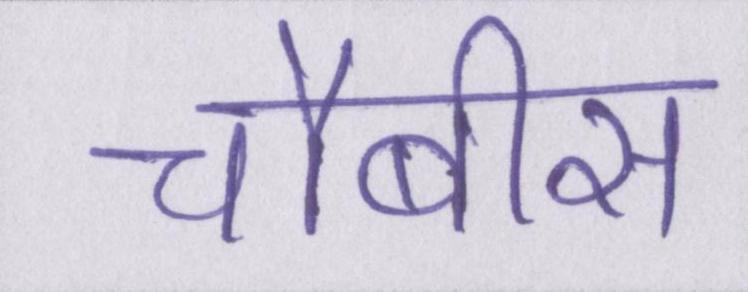
चौबीस